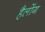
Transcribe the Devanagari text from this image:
हैलोंग